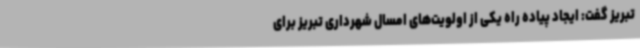
تبریز گفت: ایجاد پیاده راه یکی از اولویت‌های امسال شهرداری تبریز برای